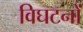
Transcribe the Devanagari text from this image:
विघटनों